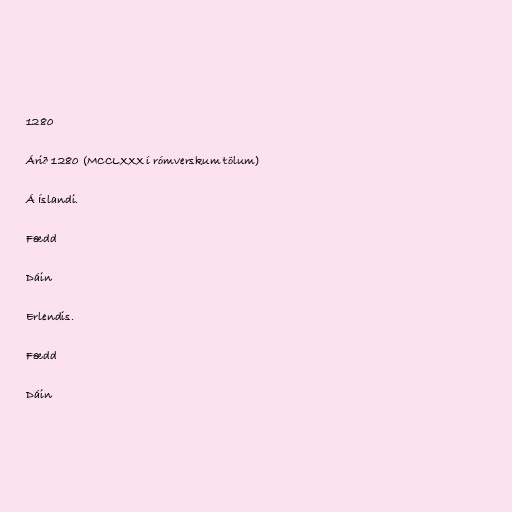
1280

Árið 1280 (MCCLXXX í rómverskum tölum)

Á Íslandi.

Fædd

Dáin

Erlendis.

Fædd

Dáin